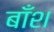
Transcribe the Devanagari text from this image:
बाँश